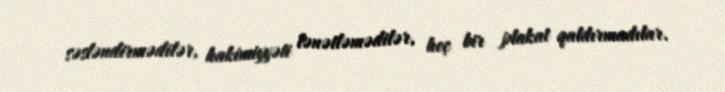
səsləndirmədilər, hakimiyyəti lənətləmədilər, heç bir plakat qaldırmadılar.